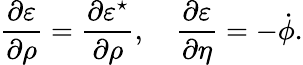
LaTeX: \frac{\partial\varepsilon}{\partial\rho}=\frac{\partial\varepsilon^{\star}}{\partial\rho},\quad\frac{\partial\varepsilon}{\partial\eta}=-\dot{\phi}.